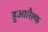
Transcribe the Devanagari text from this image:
हुआ।रैल्फ